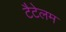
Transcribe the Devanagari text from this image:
टैटेलम